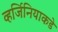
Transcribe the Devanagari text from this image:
व्हर्जिनियाकडे